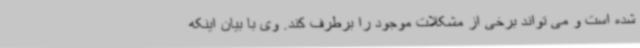
شده است و می تواند برخی از مشکلات موجود را برطرف کند. وی با بیان اینکه